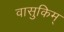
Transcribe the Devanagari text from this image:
वासुकिम्